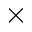
\times